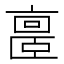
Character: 𪜥